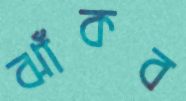
ঝাঁকব